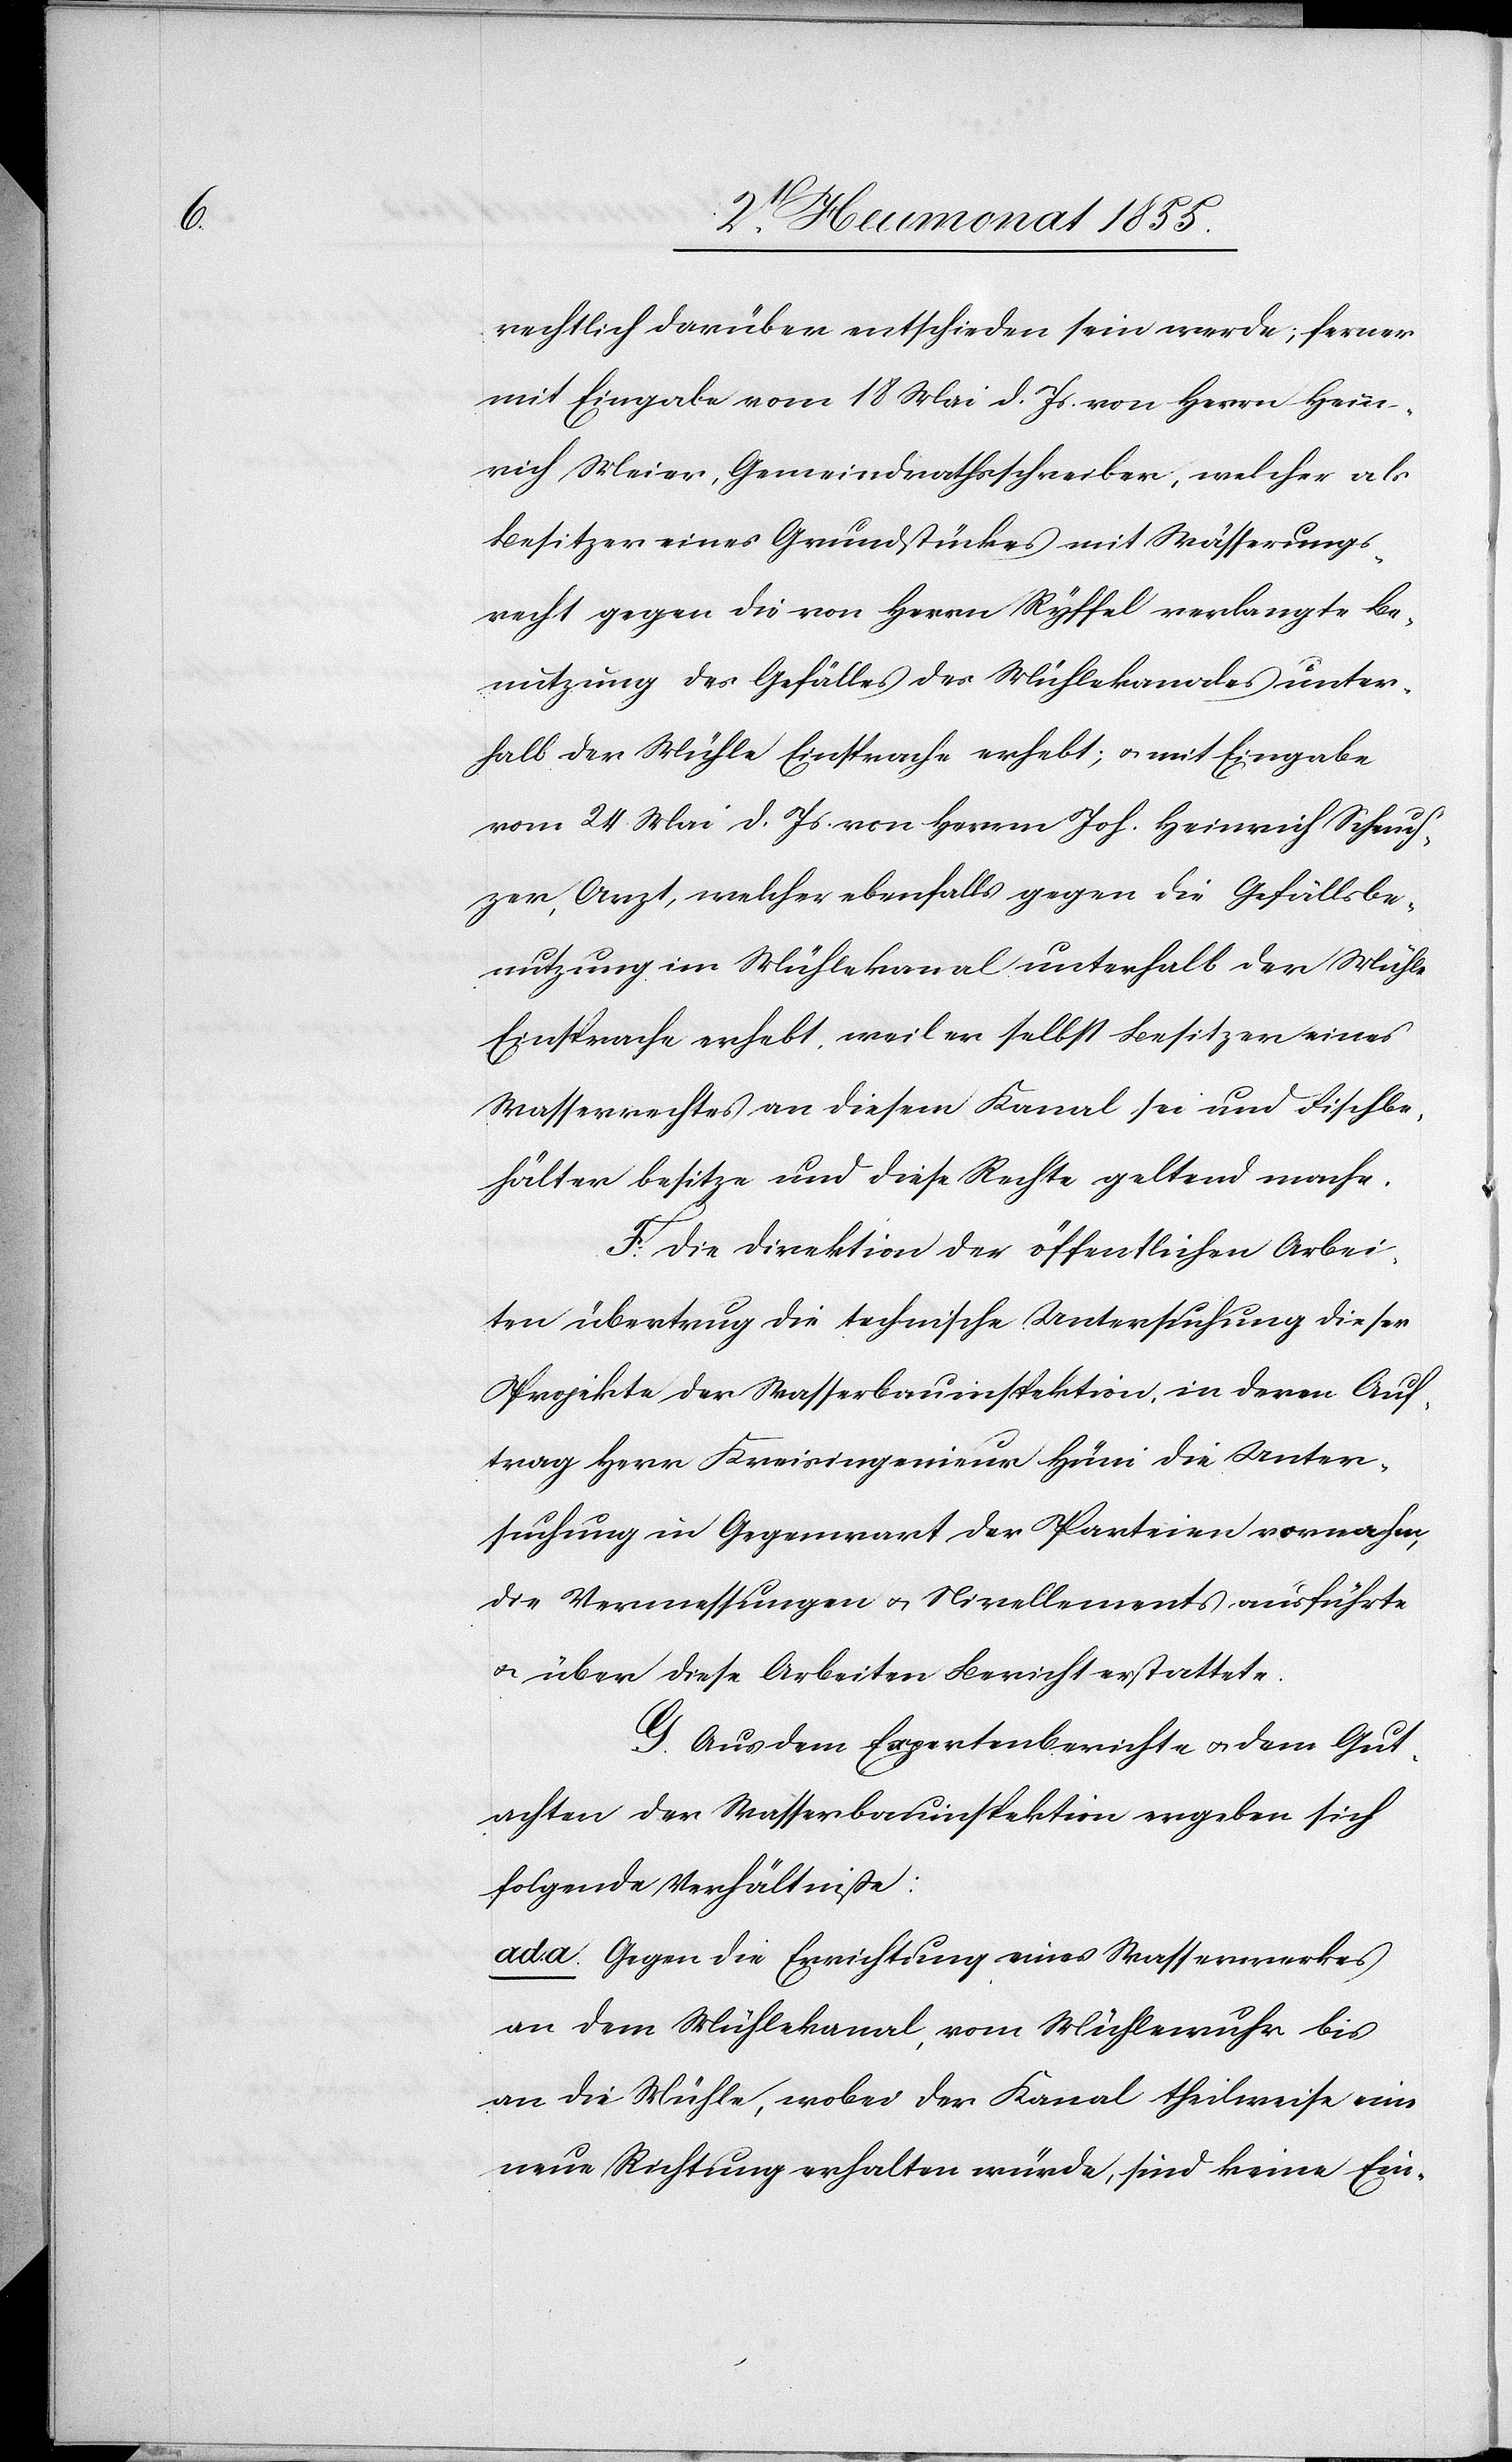
rechtlich darüber entschieden sein werde; ferner
mit Eingabe vom 18 Mai d. Js. von Herrn Hein¬
rich Meier, Gemeindrathsschreiber, welcher als
Besitzer eines Grundstückes mit Wässerungs¬
recht gegen die von Herrn Ryffel verlangte Be¬
nutzung des Gefälles des Mühlekanales unter¬
halb der Mühle Einsprache erhebt; & mit Eingabe
vom 24 Mai d. Js. von Herrn Joh. Heinrich Scheuch¬
zer, Arzt, welcher ebenfalls gegen die Gefällsbe¬
nutzung im Mühlekanal unterhalb der Mühle
Einsprache erhebt, weil er selbst Besitzer eines
Wasserrechtes an diesem Kanal sei und Fischbe¬
hälter besitze und diese Rechte geltend mache.
F. Die Direktion der öffentlichen Arbei¬
ten übertrug die technische Untersuchung dieser
Projekte der Wasserbauinspektion, in deren Auf¬
trag Herr Kreisingenieur Hüni die Unter¬
suchung in Gegenwart der Parteien vornahm,
die Vermessungen & Nivellements ausführte
& über diese Arbeiten Bericht erstattete.
G. Aus dem Expertenberichte & dem Gut¬
achten der Wasserbauinspektion ergeben sich
folgende Verhältniße:
ad. a. Gegen die Errichtung eines Wasserwerkes
an dem Mühlekanal, vom Mühlewuhr bis
an die Mühle, wobei der Kanal theilweise eine
neue Richtung erhalten würde, sind keine Ein-